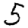
Digit: 5